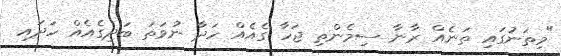
"މިތަނުގައި ތަނެއް ރާނާ ސިމެންތި ޖަހާ ގެއެއް ހަދާ ނުވަތަ ބަދިގެއެއް ހަދައި